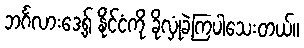
ဘင်္ဂလားဒေ့ရှ် နိုင်ငံကို ခိုလှုံခဲ့ကြပါသေးတယ်။